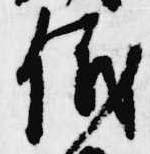
儀